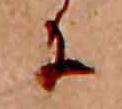
に